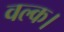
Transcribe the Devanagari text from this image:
वल्क।